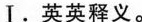
Ⅰ.英英释义。